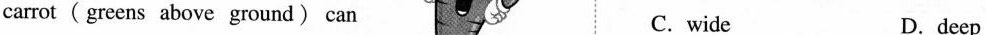
carrot ( greens above ground) can C. wide D.deep